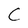
Character: C